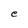
Character: e